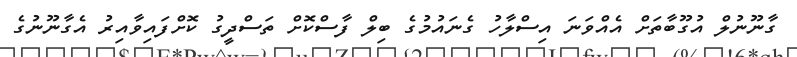
ގާނޫނުލް އުގޫބާތަށް އެއްވަނަ އިސްލާހު ގެނައުމުގެ ބިލް ފާސްކޮށް ތަސްދީގު ކޮށްފައިވާއިރު އެގާނޫނުގެ